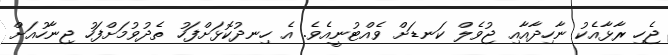
ޖެހި ރާޅާއެކު ނާހިދާއާއި ޖުވެލް ކަނޑަށް ވެއްޓުނީއެވެ. އެ ހިނދުކޮޅަށްފަހު ތެދުވުމަށްފަހު ޖިނާހުއަށް